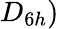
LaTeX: D_{6h})